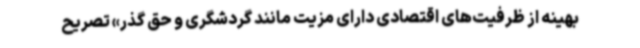
بهینه از ظرفیت‌های اقتصادی دارای مزیت مانند گردشگری و حق گذر» تصریح